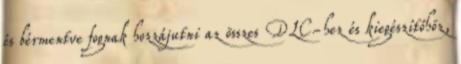
és bérmentve fognak hozzájutni az összes DLC-hez és kiegészítőhöz,